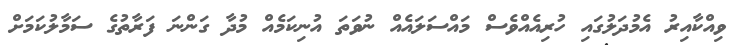
ވިއްކާއިރު އެމުދަލުގައި ހުރިއެއްވެސް މައްސަލައެއް ނުވަތަ އުނިކަމެއް މުދާ ގަންނަ ފަރާތުގެ ސަމާލުކަމަށް